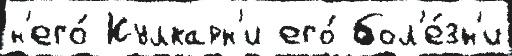
н'его́ Кулкарн'и его́ бол'е́зн'и